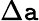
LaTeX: \Delta\mathtt{a}